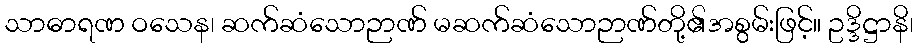
သာဓာရဏ ဝသေန၊ ဆက်ဆံသောဉာဏ် မဆက်ဆံသောဉာဏ်တို့၏အစွမ်းဖြင့်။ ဥဒ္ဒိဋ္ဌာနိ၊